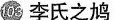
李氏之鸠